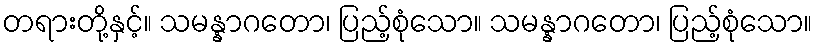
တရားတို့နှင့်။ သမန္နာဂတော၊ ပြည့်စုံသော။ သမန္နာဂတော၊ ပြည့်စုံသော။